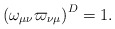
\begin{align*}\left( \omega _{\mu\nu}\varpi _{\nu\mu}\right) ^{D}=1.\end{align*}